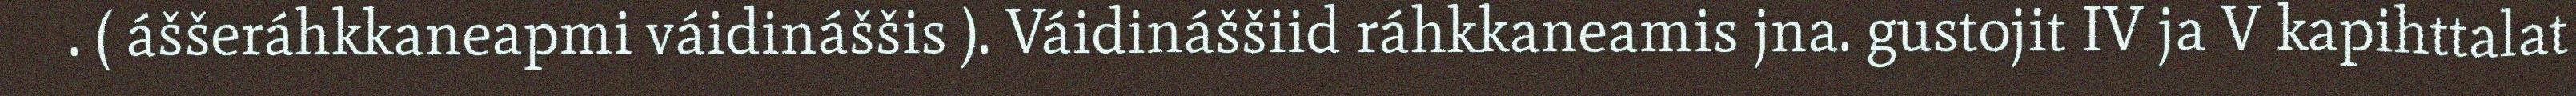
. ( áššeráhkkaneapmi váidináššis ). Váidináššiid ráhkkaneamis jna. gustojit IV ja V kapihttalat